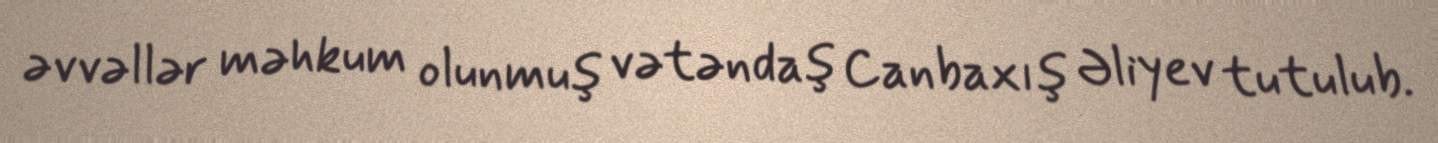
əvvəllər məhkum olunmuş vətəndaş Canbaxış Əliyev tutulub.